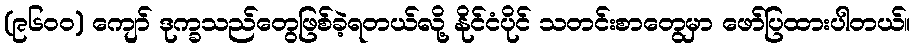
(၉၆၀၀) ကျော် ဒုက္ခသည်တွေဖြစ်ခဲ့ရတယ်လို့ နိုင်ငံပိုင် သတင်းစာတွေမှာ ဖော်ပြထားပါတယ်။